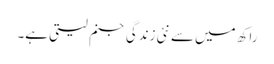
راکھ میں سے نئی زندگی جنم لیتی ہے۔